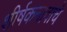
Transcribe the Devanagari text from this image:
शीर्षकनावाचे